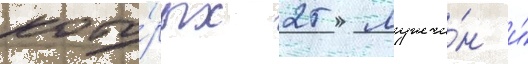
кото́рых 25 мужчи́н и́